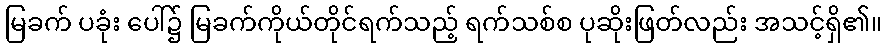
မြခက် ပခုံး ပေါ်၌ မြခက်ကိုယ်တိုင်ရက်သည့် ရက်သစ်စ ပုဆိုးဖြတ်လည်း အသင့်ရှိ၏။